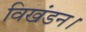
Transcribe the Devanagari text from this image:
विखंडन।